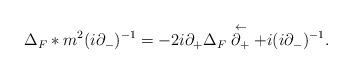
LaTeX: \begin{align*}\Delta_F \ast m^2 (i\partial_{-})^{-1} = - 2i \partial_{+}\Delta_F \stackrel{\leftarrow}{\partial_{+}} + i (i\partial_{-})^{-1} .\end{align*}